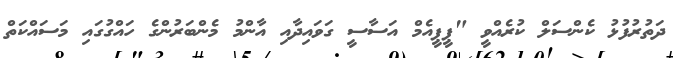
ދަތުރުފުޅު ކެންސަލް ކުރެއްވީ "ޕީޕީއެމް އަސާސީ ގަވައިދާއި އާންމު މެންބަރުންގެ ހައްގުގައި މަސައްކަތް